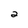
Character: 2